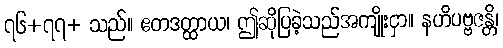
၇၆+၇၇+ သည်။ ဧတဒတ္ထာယ၊ ဤဆိုပြခဲ့သည်အကျိုးငှာ။ နဟိပဗ္ဗဇန္တိ၊